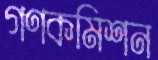
গণকমিশন